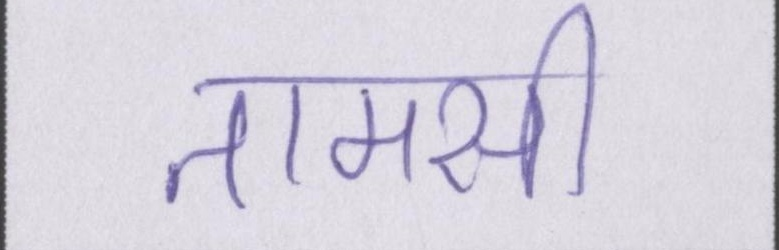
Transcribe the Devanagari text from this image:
तामसी